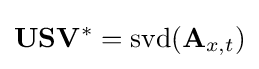
\mathbf {U} \mathbf {S} \mathbf {V^{*}} ={\text{svd}}(\mathbf {A} _{x,t})